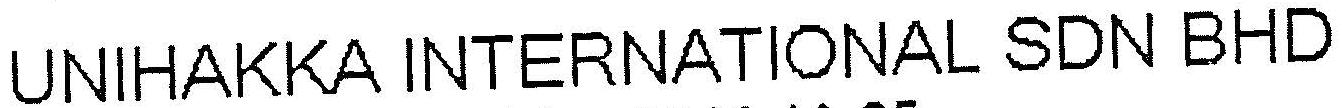
UNIHAKKA INTERNATIONAL SDN BHD